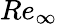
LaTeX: Re_{\infty}